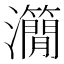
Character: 𤄒